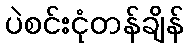
ပဲစင်းငုံတန်ချိန်